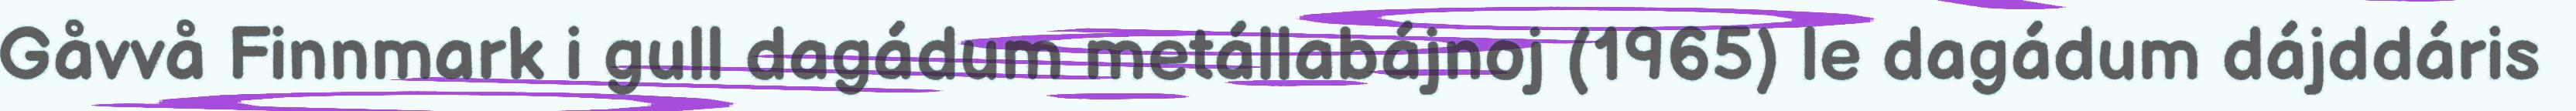
Gåvvå Finnmark i gull dagádum metállabájnoj (1965) le dagádum dájddáris